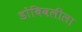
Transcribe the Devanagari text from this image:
डोंबिवलीला